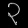
Digit: ၃